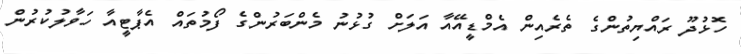
ހޮޅުދޫ ރައްޔިތުންގެ ތެރެއިން އެމްޑީއޭއާ އަލަށް ގުޅުނު މެންބަރުންގެ ފޯމުތައް އެޕާޓީއާ ހަވާލުކުރުން